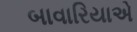
બાવારિયાએ